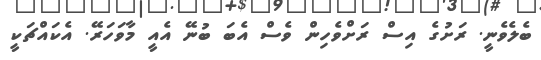
ބެލެވެނީ. ރަށުގެ އިސް ރަށްވެެހިން ވެސް އެބަ ބުނޭ އެއީ މާވަހަރޭ. އެކައްޗަކީ